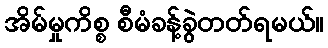
အိမ်မှုကိစ္စ စီမံခန့်ခွဲတတ်ရမယ်။